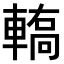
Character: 𨎄